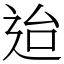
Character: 迨